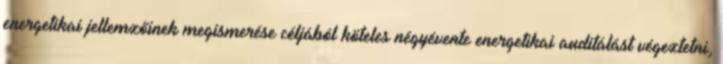
energetikai jellemzőinek megismerése céljából köteles négyévente energetikai auditálást végeztetni,